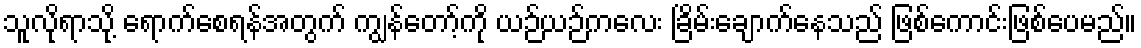
သူလိုရာသို့ ရောက်စေရန်အတွက် ကျွန်တော့်ကို ယဉ်ယဉ်ကလေး ခြိမ်းချောက်နေသည် ဖြစ်ကောင်းဖြစ်ပေမည်။